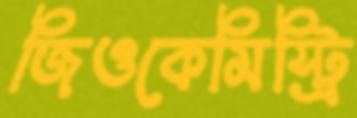
জিওকেমিস্ট্রি